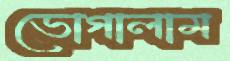
ভোগালাম